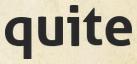
quite